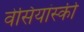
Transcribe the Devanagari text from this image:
वेसियांस्की